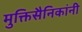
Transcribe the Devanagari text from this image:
मुक्तिसैनिकांनी